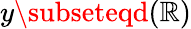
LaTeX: y\subseteqd(\mathbb{R})